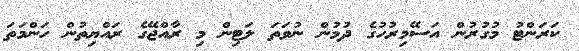
ކަރަންޓު މުގުރުން އަސޭމިރުހުގެ ދުމުން ނުވަތަ ލަޓިން މި ރާއްޖޭގެ ރައްޔިތުން ހަންމަތަ